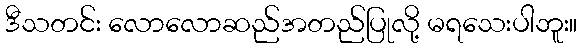
ဒီသတင်း လောလောဆည်အတည်ပြုလို့ မရသေးပါဘူး။